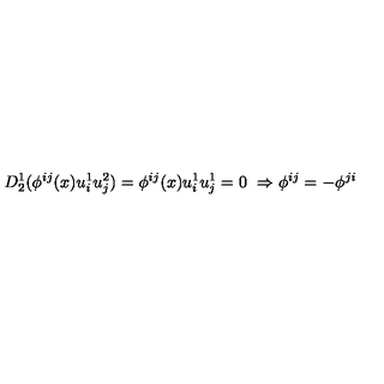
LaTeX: D _ { 2 } ^ { 1 } ( \phi ^ { i j } ( x ) u _ { i } ^ { 1 } u _ { j } ^ { 2 } ) = \phi ^ { i j } ( x ) u _ { i } ^ { 1 } u _ { j } ^ { 1 } = 0 \ \Rightarrow \phi ^ { i j } = - \phi ^ { j i }